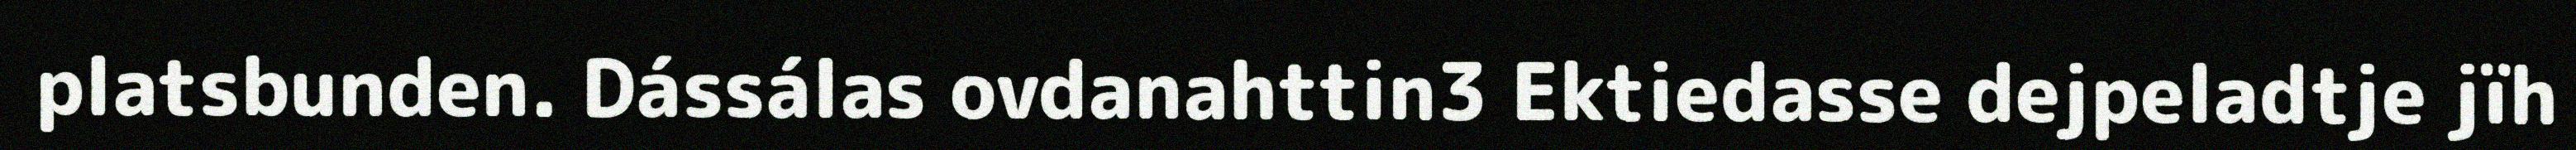
platsbunden. Dássálas ovdanahttin3 Ektiedasse dejpeladtje jïh